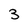
Character: 3